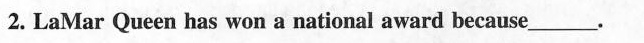
2. La Mar Queen has won a national award because___.